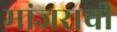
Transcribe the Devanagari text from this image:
मांजराची